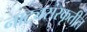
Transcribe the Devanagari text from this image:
नाट्यसंस्कृतीत